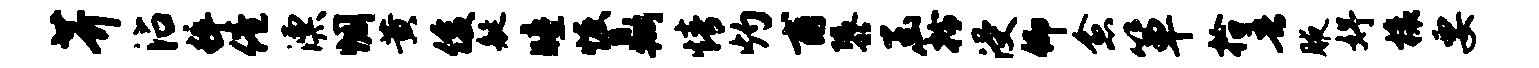
芥沾粹倦漂惆黄俊艇瞳恢鼎情灼甫隳函拎浸仰愈箪拾吾腋妤榱要